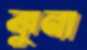
ঝুনা